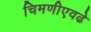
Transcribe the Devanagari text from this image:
चिमणीएवढे